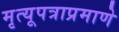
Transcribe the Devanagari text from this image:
मृत्यूपत्राप्रमाणे